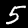
Digit: 5